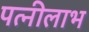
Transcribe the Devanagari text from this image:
पत्नीलाभ